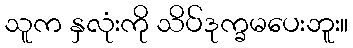
သူက နှလုံးကို သိပ်ဒုက္ခမပေးဘူး။